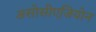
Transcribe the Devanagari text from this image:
असोसीएजियोन